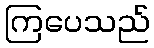
ကြပေသည်